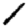
Digit: 1